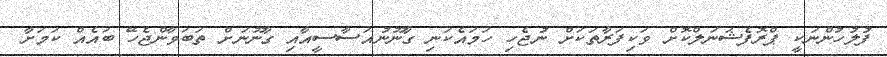
ފުލުހުންނަކީ ޕްރޮފެޝަނަލްކޮށް ވަކިފަރާތަކަށް ނުޖެހި ހަމައެކަނި ގާނޫނުއަސާސީއާއި ގާނޫނަށް ތަބަވާންޖެހޭ ބައެއް ކަމަށާ